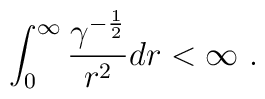
\int ^ \infty _ 0 {{\gamma ^{-{1 \over 2} }\over {r^2} }} dr <\infty\ .